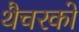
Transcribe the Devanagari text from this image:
थैचरको